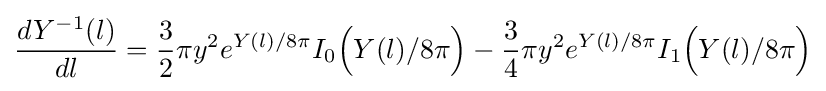
{\frac {dY^{-1}(l)}{dl}}={\frac {3}{2}}\pi y^{2}e^{Y(l)/8\pi }I_{0}{\Big (}Y(l)/8\pi {\Big )}-{\frac {3}{4}}\pi y^{2}e^{Y(l)/8\pi }I_{1}{\Big (}Y(l)/8\pi {\Big )}